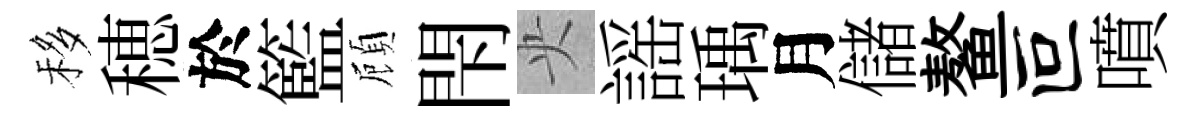
移穂於籃頋閇央謡瑀月儲鳌叵噴